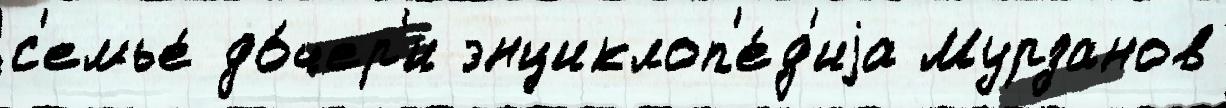
с'емье́ до́чер'и энциклоп'е́д'иjа Мурзанов